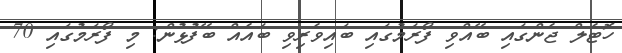
ހޮޓެލް ޖެންގައި ބޭއްވި ފޯރަމުގައި ބައިވެރިވި ބައެއް ބޭފުޅުން: މި ފޯރަމުގައި 70